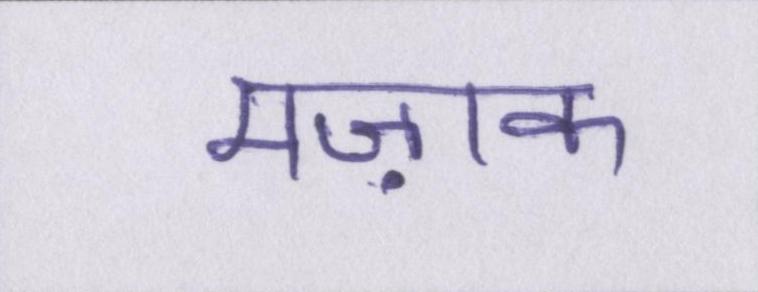
मज़ाक